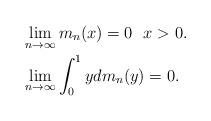
LaTeX: \begin{align*}&\lim_{n \to \infty}m_n(x) = 0 \ \ x > 0. \\&\lim_{n \to \infty}\int_{0}^{1}ydm_n(y) = 0. \end{align*}